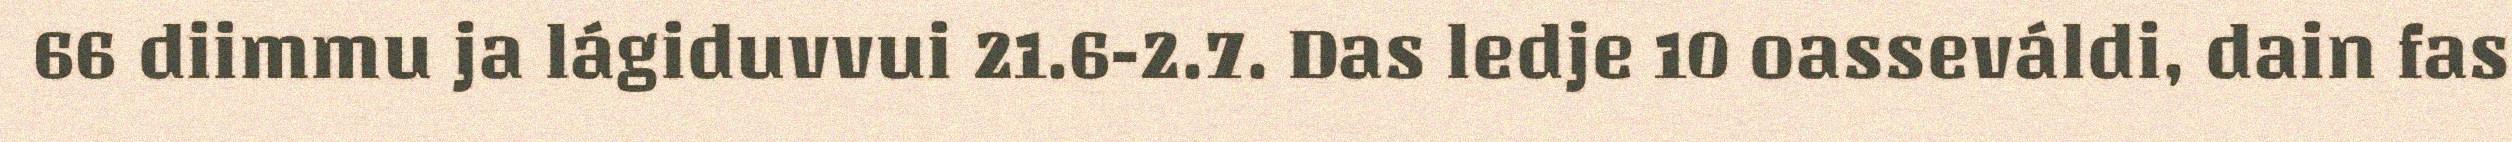
66 diimmu ja lágiduvvui 21.6-2.7. Das ledje 10 oasseváldi, dain fas